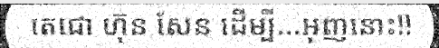
តេជោ ហ៊ុន សែន ដើម្បី...អុញនោះ!!